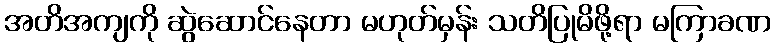
အတိအကျကို ဆွဲဆောင်နေတာ မဟုတ်မှန်း သတိပြုမိဖို့ရာ မကြာခဏ